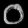
Digit: ၀